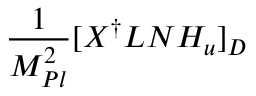
{ \frac { 1 } { M _ { P l } ^ { 2 } } } [ X ^ { \dagger } L N H _ { u } ] _ { D }